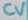
Text: CV